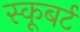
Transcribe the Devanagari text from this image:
स्कूबर्ट